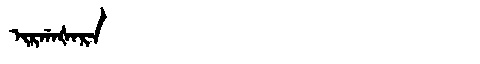
Manchu: ᡳᡵᡤᠠᡧᠠᡵᠠ
Romanization: IRGAŠARA